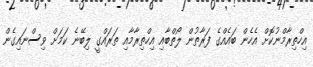
އިހްތިރާމްނުކޮށް އެހެން ބައެއްގެ ފަރާތުން ލޯތްބާއި އިހްތިރާމާއި ތަރައްގީ ލިބޭނެ ކަމަށް ވިސްނައިގެން